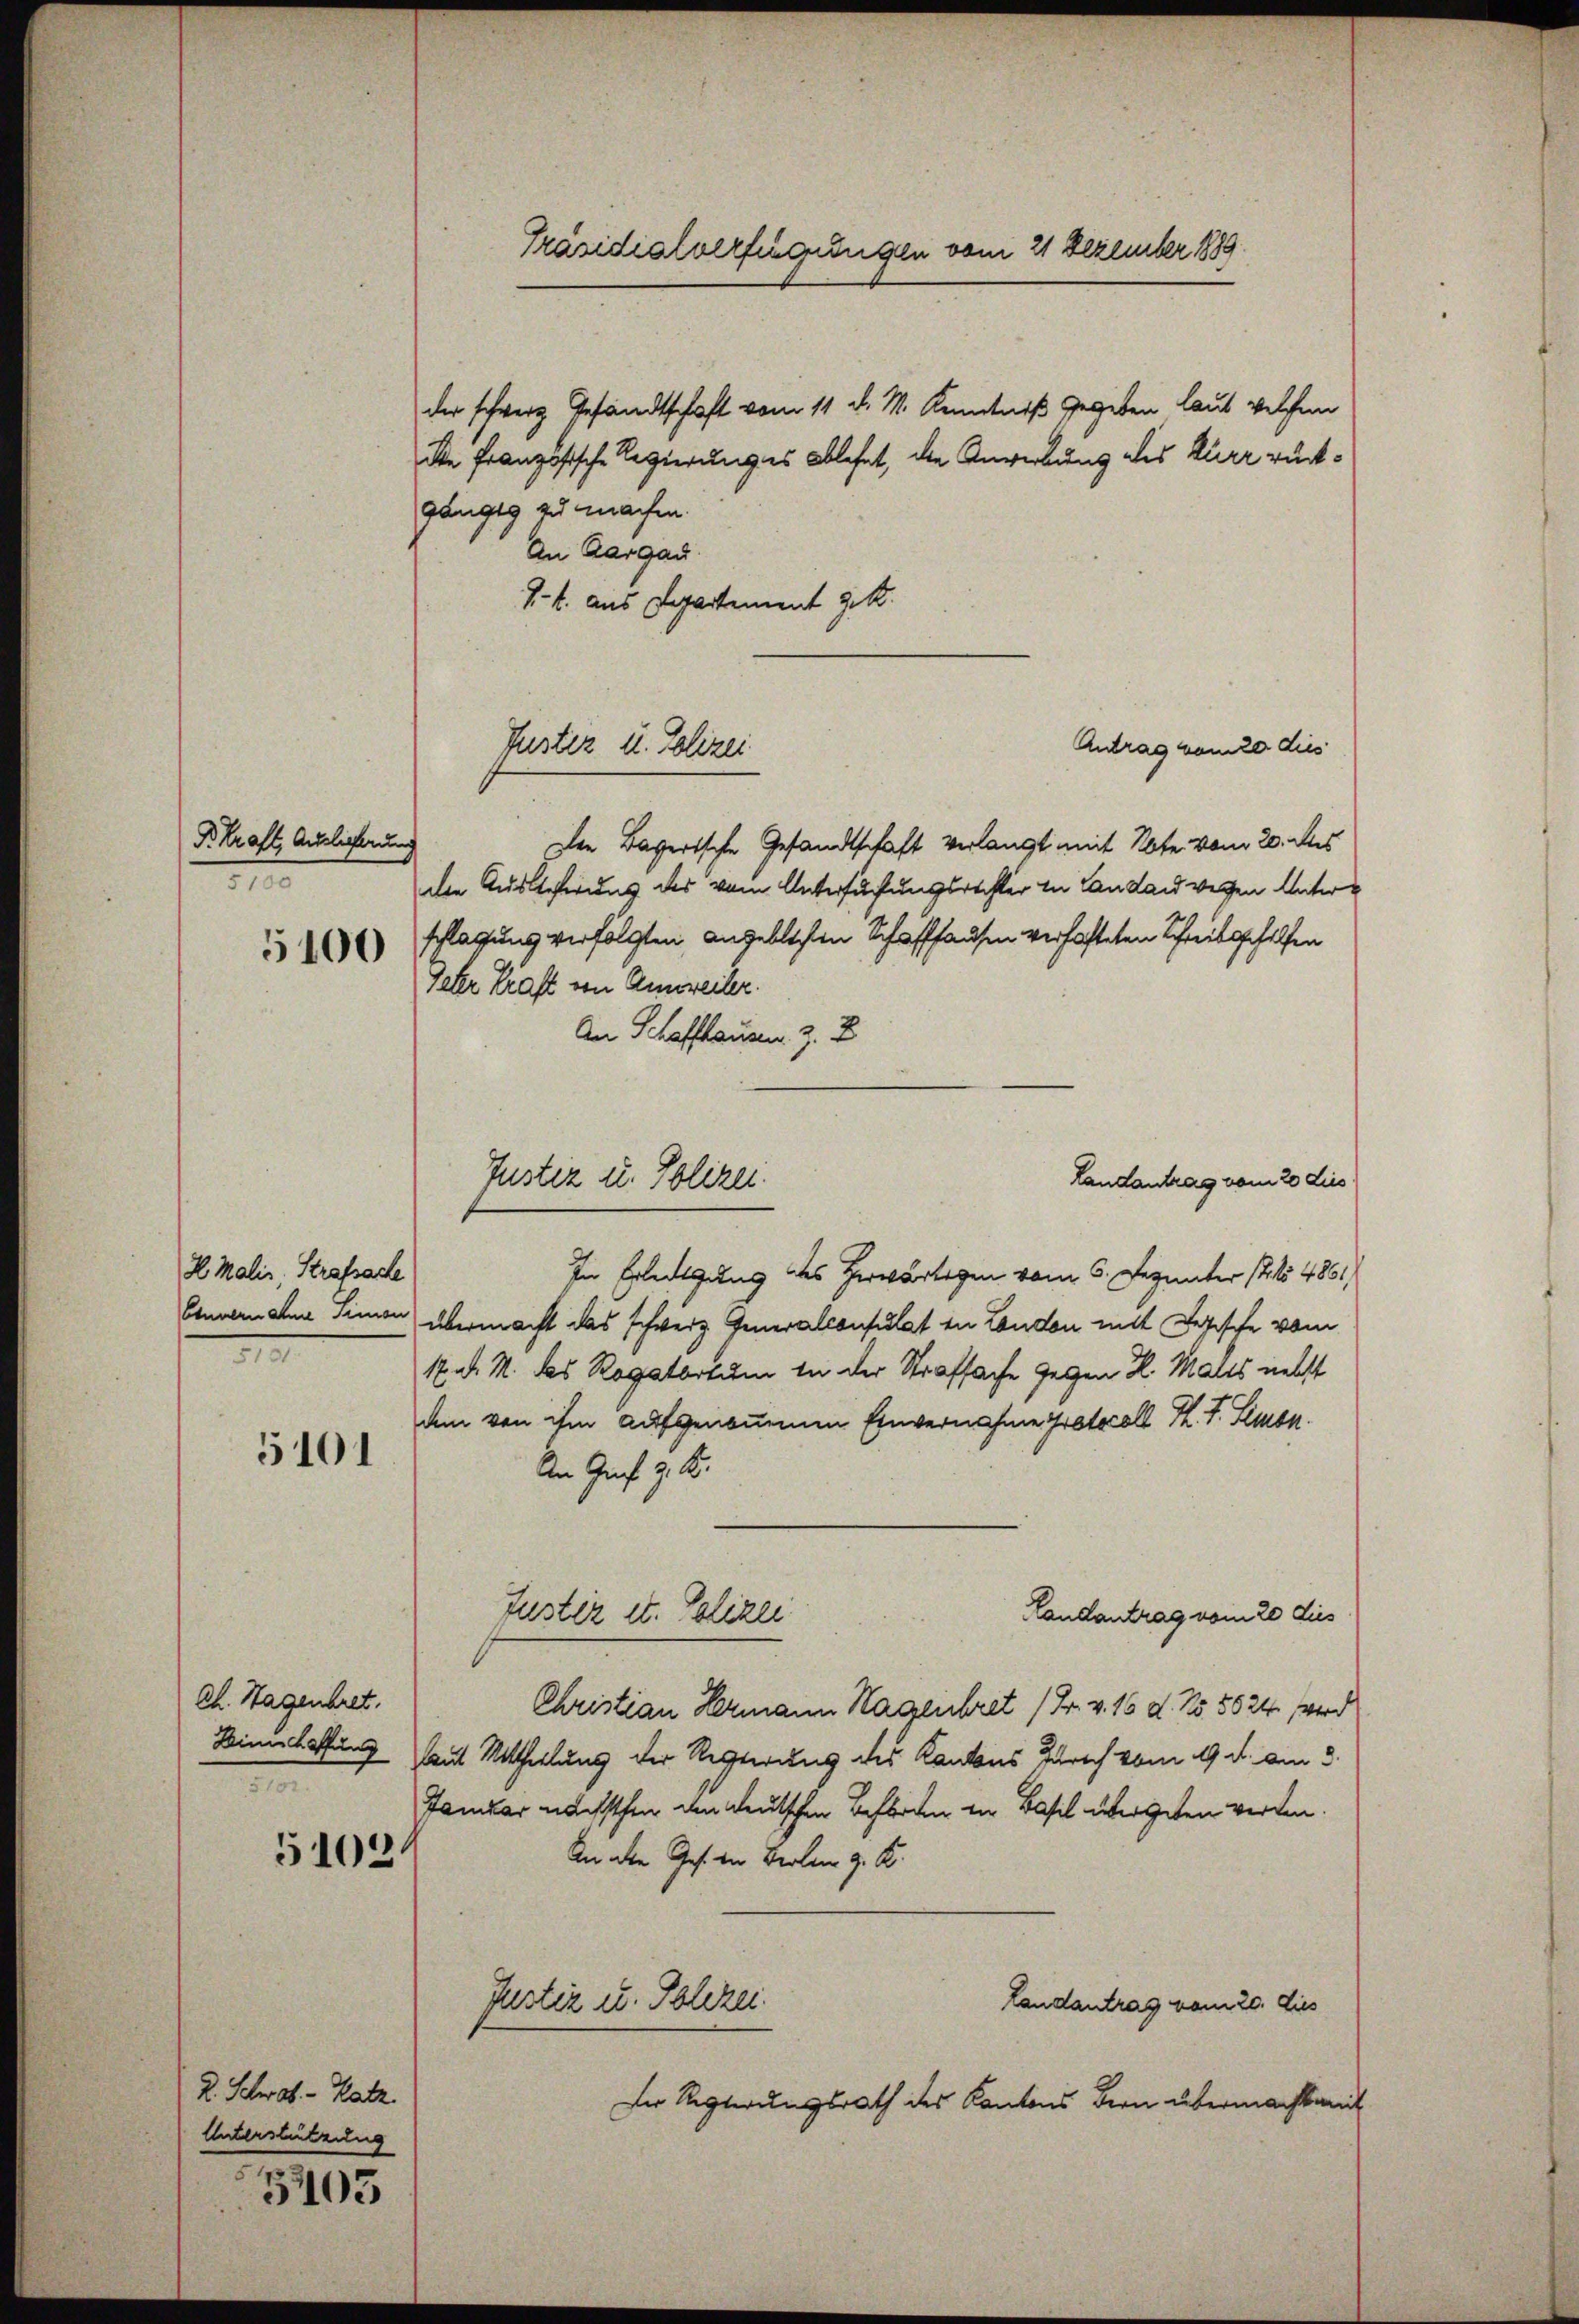
F. Kraft, Auslieferung
2

5100

2 Maliz. Strafsache
Einvernahme Simon
I

5101

ch. Hagenbret.
e

5102.

2. Schwab - Katz.
Unterstützung

3403

Präsidialverfügungen vom 21 Dezember 1889.

der schweiz Gesandtschaft vom 11. d. M. Kenntniß gegeben laut welchem
die Französische Regierunges ablehnt, die Anwerbung des Kurrrückgängig zu machen.
An Aargau.
1. k. aus Departement geht.
Den Bayerische Gesandtschaft verlangt mit Note vom 20. Aus
den Auslieferung des vom Untersuchungsrechter in Landan wegen Unterschlagung verfolgten angeblichen Schaffhausen verhafteten Schreibgeholfen
Geter Kraft von Anweiler.
An Schaffhausen z. Z
In Erledigung des Herwärtigen vom 5. Dezunter (154851)
übermacht das schweiz. Generalconsulat in London mit Logische vom
17. d. M. das Rogatortum in der Strafsache gegen K. Males nebst
am von ihm aufgenommenen Einvernahme Protocoll h. T. Simon
An Genf v. M.
Justiz et. Polizei
Landantrag vom 20 dus
Christian Hermann Hageichret (Fr. v. 16 d. No. 5624, word
Himelhaftung (laut Mittheilung der Regierung des Kantons Zürich vom 19. d. am 3.
Januar nächsten den deutschen Beförden in Basil übergeben werden.
An die Ges. in Berlin z. B.
Justiz u. Schrei
Landantrag vom 20. dies
Der Regierungsrath des Kantons Bern übermacht mit

Justiz u. Polizei

Antrag vom 20 dies

Justiz u. Polizei.
Landantrag vom 20 dies